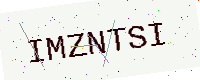
Text: IMZNTSI